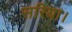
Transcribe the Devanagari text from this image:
सरिया।